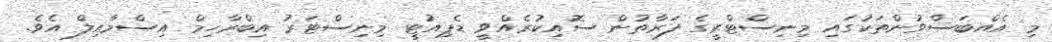
މި އެއްބަސްވުންތަކުގައި މިނިސްޓްރީގެ ފަރާތުން ސޮއިކުރެއްވީ ޑެޕިއުޓީ މިނިސްޓަރު އިބްރާހިމް އިސްމާއިލް އެވެ.